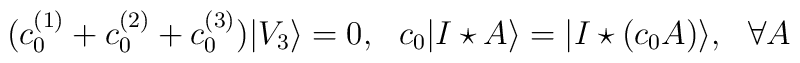
(c_0^{(1)}+c_0^{(2)}+c_0^{(3)})|V_3\rangle=0,\ \ c_0|I\star A\rangle=|I\star(c_0A)\rangle,\ \ \forall A